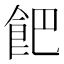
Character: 𩚥